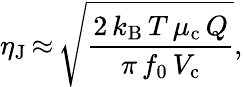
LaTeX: \eta_{\mathrm{J}}\, {\approx}\, \sqrt{\frac{2\, k_{\mathrm{B}}\, T\, \mu_{\mathrm{c}}\, Q}{\pi\, f_{0}\, V_{\mathrm{c}}}},